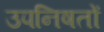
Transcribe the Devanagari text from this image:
उपनिषतों